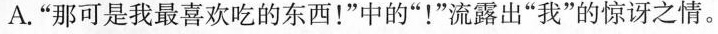
A.”那可是我最喜欢吃的东西！”中的”！”流露出”我”的惊讶之情。